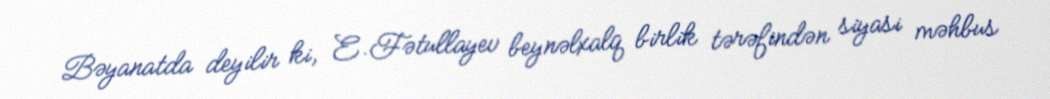
Bəyanatda deyilir ki, E.Fətullayev beynəlxalq birlik tərəfindən siyasi məhbus